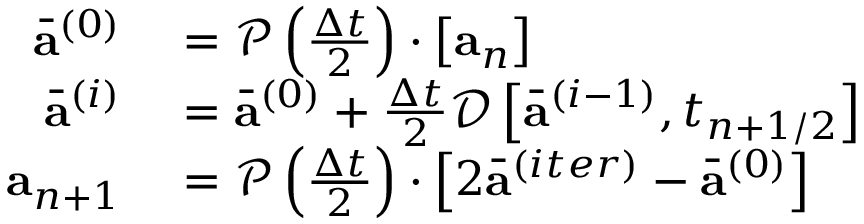
\begin{array} { r } { \begin{array} { r l } { \bar { \mathbf { a } } ^ { ( 0 ) } } & { { } = \mathcal { P } \left( \frac { \Delta t } { 2 } \right) \cdot \left[ \mathbf { a } _ { n } \right] } \\ { \bar { \mathbf { a } } ^ { ( i ) } } & { { } = \bar { \mathbf { a } } ^ { ( 0 ) } + \frac { \Delta t } { 2 } \mathcal { D } \left[ \bar { \mathbf { a } } ^ { ( i - 1 ) } , t _ { n + 1 / 2 } \right] } \\ { \mathbf { a } _ { n + 1 } } & { { } = \mathcal { P } \left( \frac { \Delta t } { 2 } \right) \cdot \left[ 2 \bar { \mathbf { a } } ^ { ( i t e r ) } - \bar { \mathbf { a } } ^ { ( 0 ) } \right] } \end{array} } \end{array}